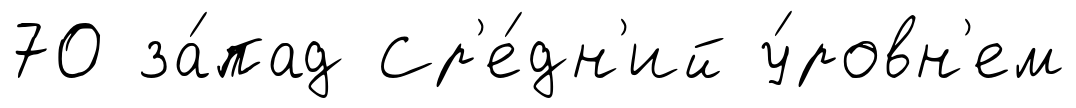
70 за́пад Ср'е́дн'ий у́ровн'ем